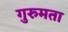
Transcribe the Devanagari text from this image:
गुरुमता